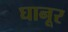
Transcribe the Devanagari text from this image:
घानूर